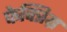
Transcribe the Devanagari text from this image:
फेक्त्रिय्र